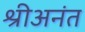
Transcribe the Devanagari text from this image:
श्रीअनंत